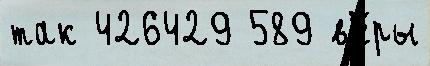
так 426429 589 в'е́ры